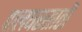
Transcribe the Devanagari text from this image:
पालघरसाठी